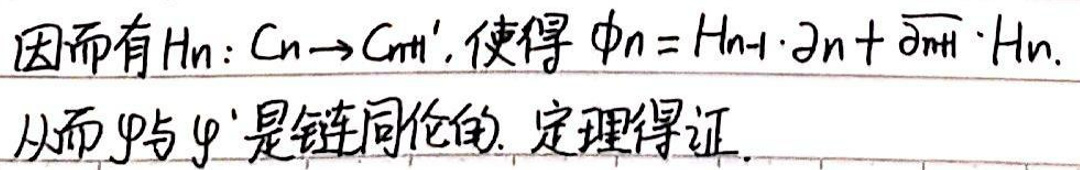
因而有 $H_n: C_n \to C_{n + 1}', 使得 \ \phi_n = H_{n - 1} \cdot \partial_n+\overline{\partial_{n+1}} \cdot H_n.$ 从而 $\varphi$ 与 $\varphi'$ 是链同伦的. 定理得证.